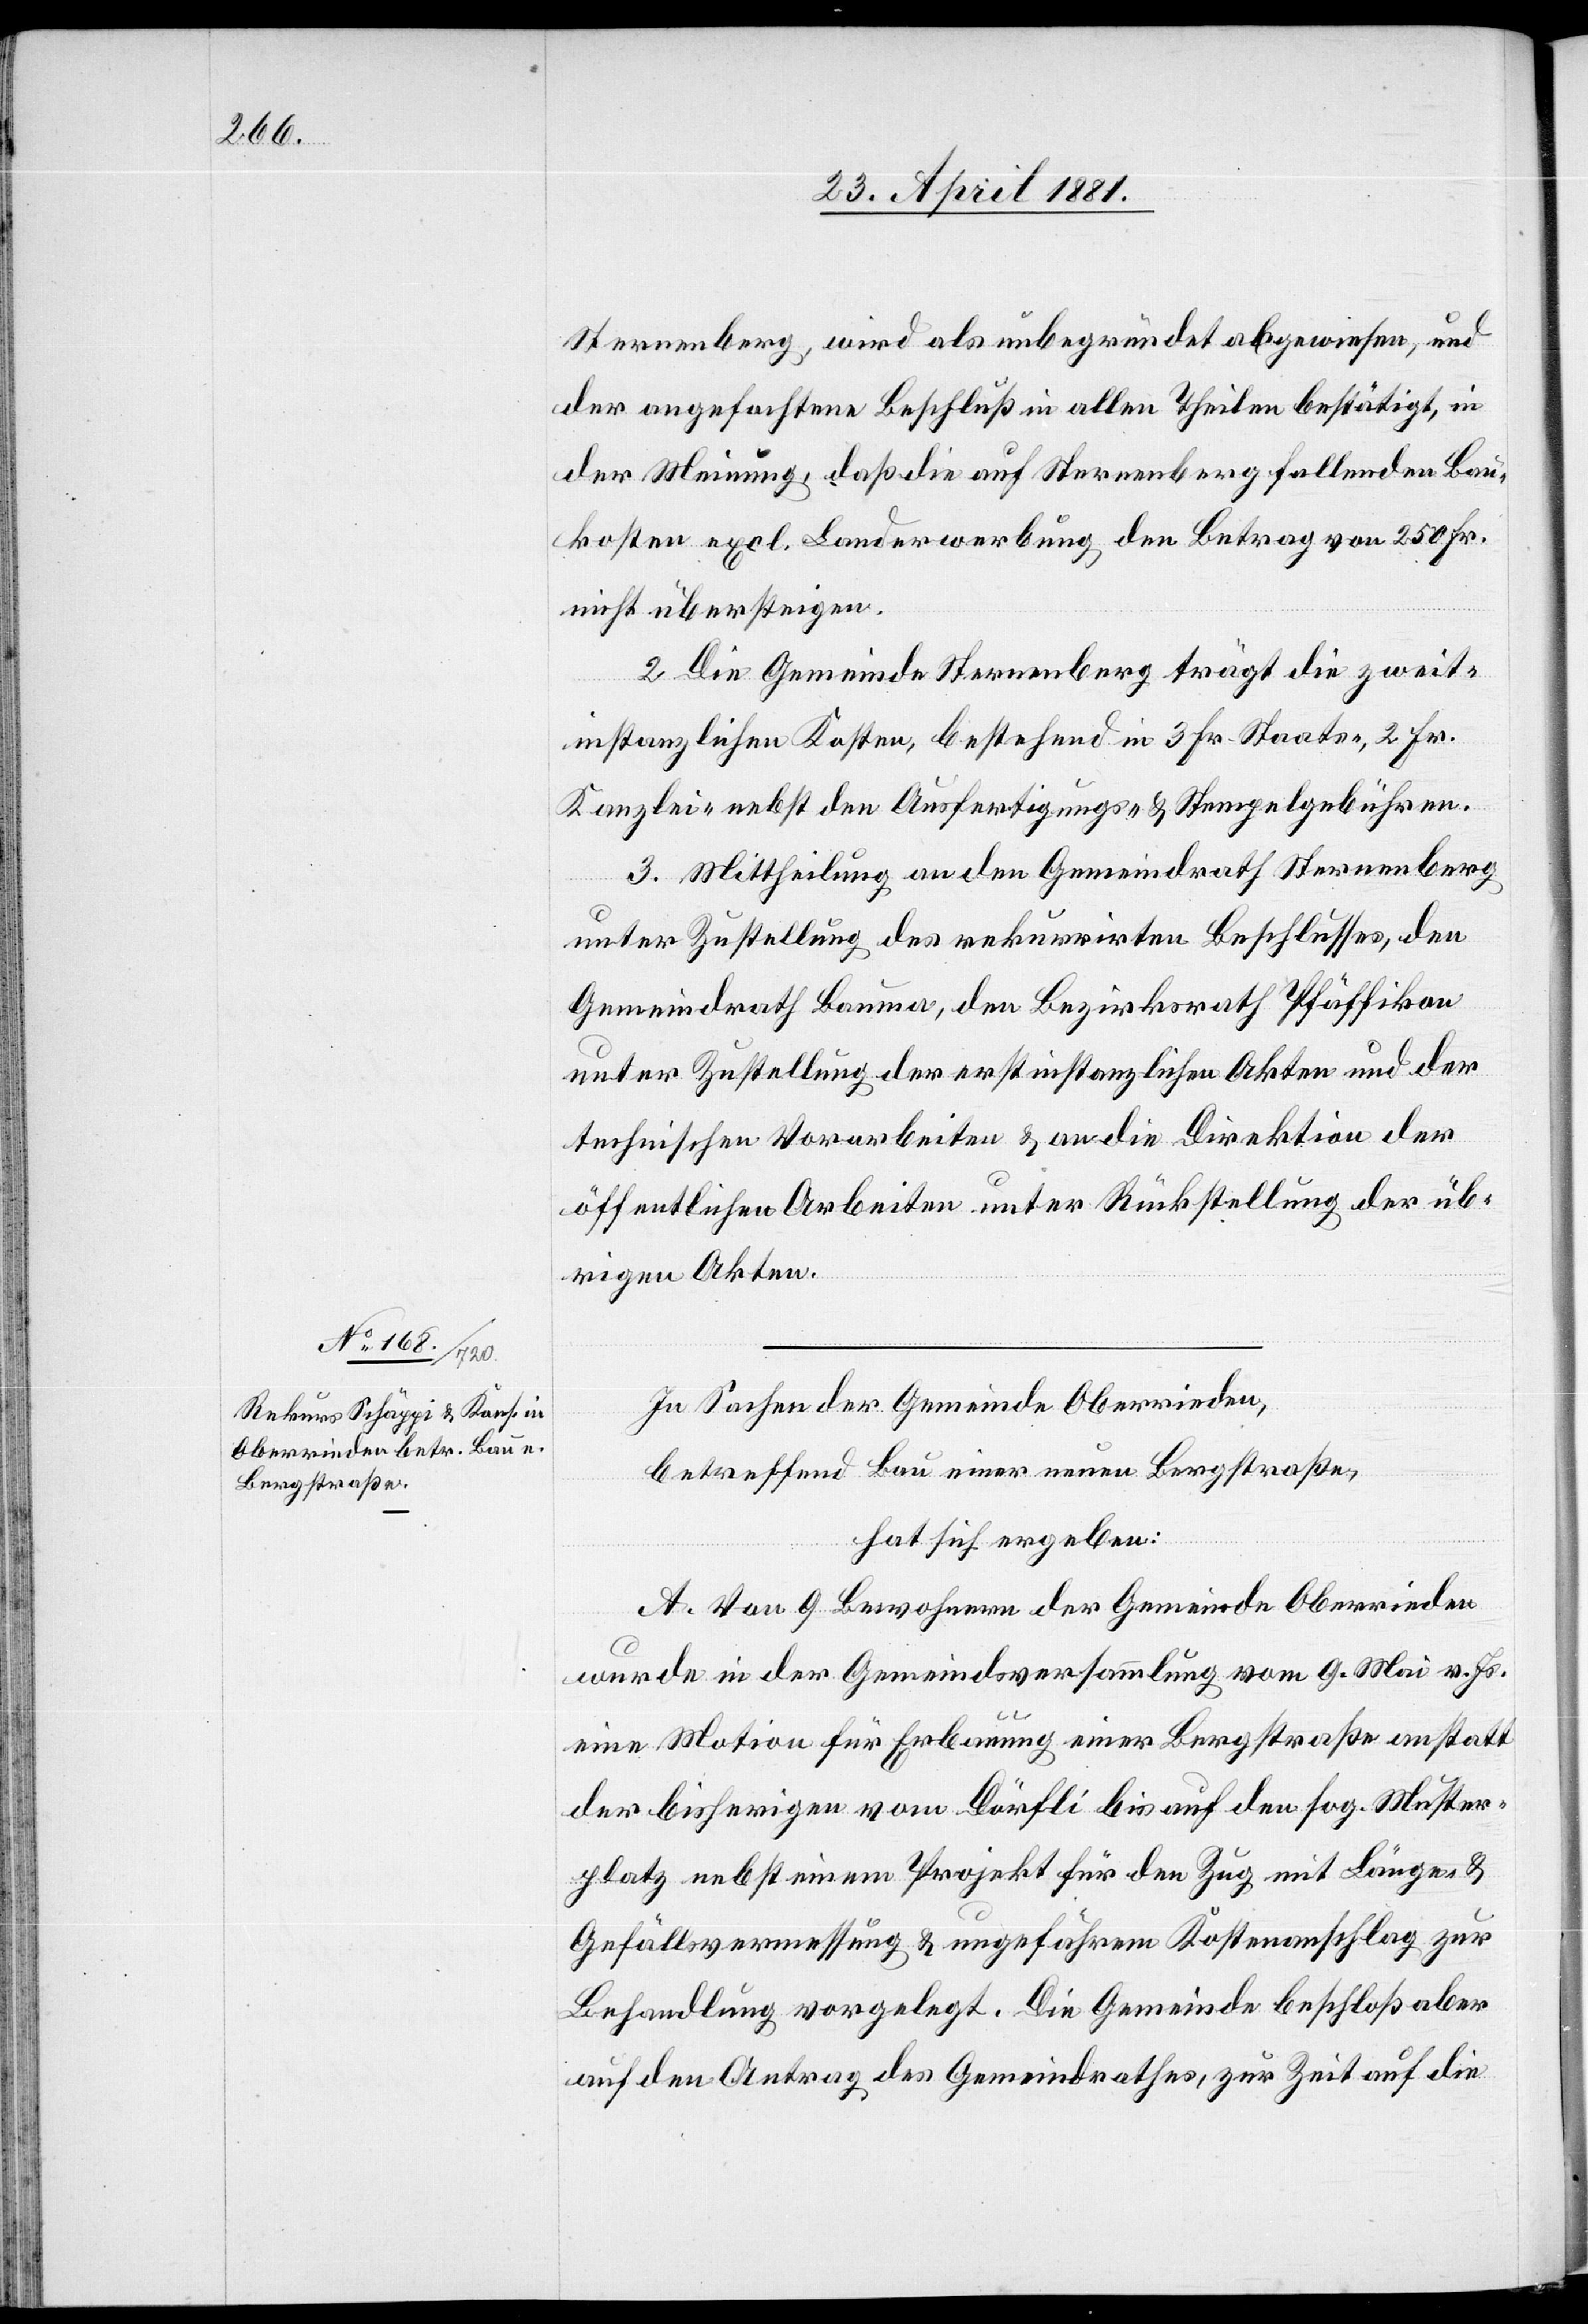
In Sachen der Gemeinde Oberrieden,
betreffend Bau einer neuen Bergstraße,
hat sich ergeben:
A. Von 9 Bewohnern der Gemeinde Oberrieden
wurde in der Gemeindsversammlung vom 9. Mai v. Js.
eine Motion für Erbauung einer Bergstraße anstatt
der bisherigen vom Dörfli bis auf den sog. Mutter¬
platz nebst einem Projekt für den Zug mit Länge &
Gefällsvermessung & ungefährem Kostenanschlag zur
Behandlung vorgelegt. Die Gemeinde beschloß aber
auf den Antrag des Gemeindrathes, zur Zeit auf die